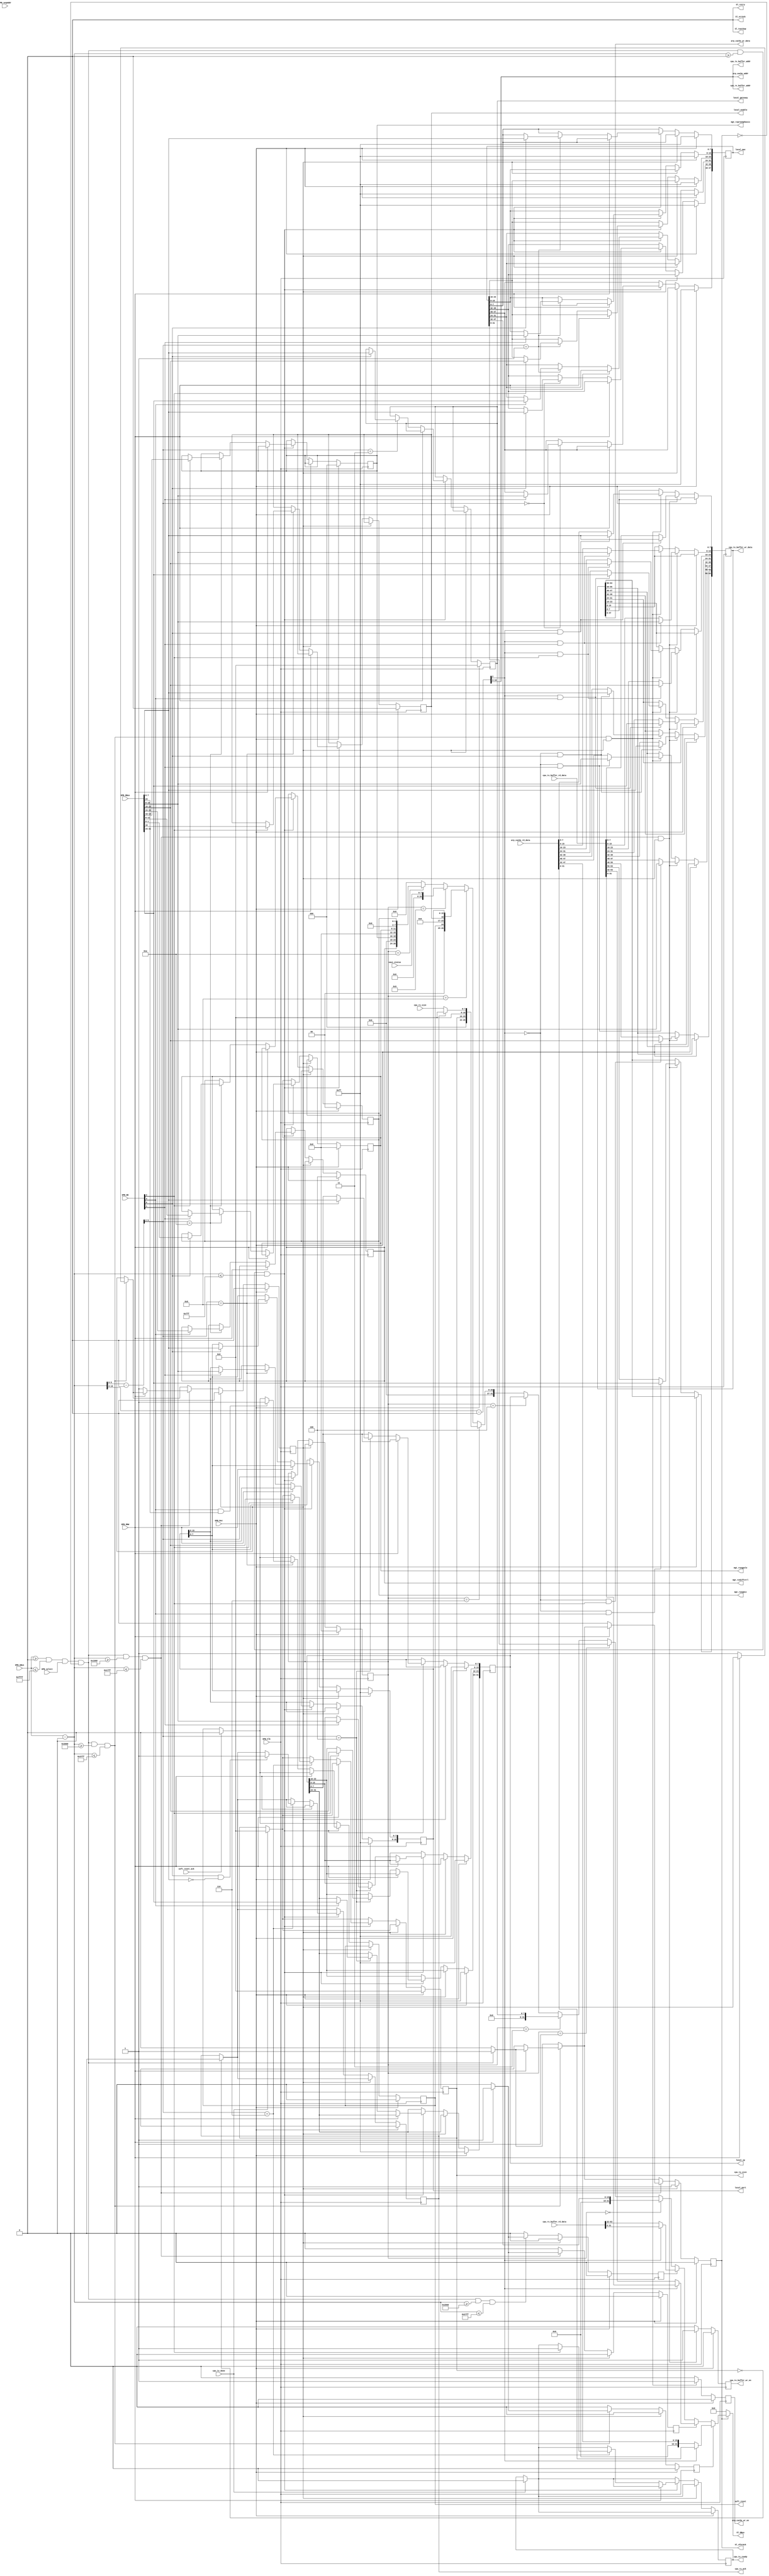
`timescale 1ns/1ps
module opb_attach #(
    parameter C_BASEADDR     = 32'h0,
    parameter C_HIGHADDR     = 32'hffff,
    parameter C_OPB_AWIDTH   = 32,
    parameter C_OPB_DWIDTH   = 32,
    parameter FABRIC_MAC     = 48'hffff_ffff_ffff,
    parameter FABRIC_IP      = 32'hffff_ffff,
    parameter FABRIC_PORT    = 16'hffff,
    parameter FABRIC_GATEWAY = 8'd0,
    parameter FABRIC_ENABLE  = 0,
    parameter SWING          = 1,
    parameter PREEMPHASYS    = 1
  )(
    //OPB attachment
    input         OPB_Clk,
    input         OPB_Rst,
    input         OPB_RNW,
    input         OPB_select,
    input         OPB_seqAddr,
    input   [3:0] OPB_BE,
    input  [31:0] OPB_ABus,
    input  [31:0] OPB_DBus,
    output [31:0] Sl_DBus,
    output        Sl_errAck,
    output        Sl_retry,
    output        Sl_toutSup,
    output        Sl_xferAck,
    //tx_buffer bits
    output  [7:0] cpu_tx_buffer_addr,
    input  [63:0] cpu_tx_buffer_rd_data,
    output [63:0] cpu_tx_buffer_wr_data,
    output        cpu_tx_buffer_wr_en,
    output  [7:0] cpu_tx_size,
    output        cpu_tx_ready,
    input         cpu_tx_done,
    //rx_buffer bits
    output  [7:0] cpu_rx_buffer_addr,
    input  [63:0] cpu_rx_buffer_rd_data,
    input   [7:0] cpu_rx_size,
    output        cpu_rx_ack,
    //ARP Cache
    output  [7:0] arp_cache_addr,
    input  [47:0] arp_cache_rd_data,
    output [47:0] arp_cache_wr_data,
    output        arp_cache_wr_en,
    //local registers
    output        local_enable,
    output [47:0] local_mac,
    output [31:0] local_ip,
    output [15:0] local_port,
    output  [7:0] local_gateway,
    output        soft_reset,
    input         soft_reset_ack,
    //xaui status
    input   [7:0] xaui_status,
    //MGT/GTP PMA Config
    output  [1:0] mgt_rxeqmix,
    output  [3:0] mgt_rxeqpole,
    output  [2:0] mgt_txpreemphasis,
    output  [2:0] mgt_txdiffctrl
  );

  /************* OPB Address Decoding *************/

  wire opb_sel = OPB_ABus >= C_BASEADDR && OPB_ABus <= C_HIGHADDR;

  wire [31:0] local_addr = OPB_ABus - C_BASEADDR;

  localparam REGISTERS_OFFSET = 32'h0000;
  localparam REGISTERS_HIGH   = 32'h07FF;
  localparam TX_BUFFER_OFFSET = 32'h1000;
  localparam TX_BUFFER_HIGH   = 32'h17FF;
  localparam RX_BUFFER_OFFSET = 32'h2000;
  localparam RX_BUFFER_HIGH   = 32'h27FF;
  localparam ARP_CACHE_OFFSET = 32'h3000;
  localparam ARP_CACHE_HIGH   = 32'h37FF;

  reg opb_ack;
  wire opb_trans = opb_sel && OPB_select && !opb_ack;

  wire reg_sel   = opb_trans && (local_addr >= REGISTERS_OFFSET) && (local_addr <= REGISTERS_HIGH);
  wire rxbuf_sel = opb_trans && (local_addr >= RX_BUFFER_OFFSET) && (local_addr <= RX_BUFFER_HIGH);
  wire txbuf_sel = opb_trans && (local_addr >= TX_BUFFER_OFFSET) && (local_addr <= TX_BUFFER_HIGH);
  wire arp_sel   = opb_trans && (local_addr >= ARP_CACHE_OFFSET) && (local_addr <= ARP_CACHE_HIGH);

  wire [31:0] reg_addr   = local_addr - REGISTERS_OFFSET;
  wire [31:0] rxbuf_addr = local_addr - RX_BUFFER_OFFSET;
  wire [31:0] txbuf_addr = local_addr - TX_BUFFER_OFFSET;
  wire [31:0] arp_addr   = local_addr - ARP_CACHE_OFFSET;

  /************** Registers ****************/
  
  localparam REG_LOCAL_MAC_1   = 4'd0;
  localparam REG_LOCAL_MAC_0   = 4'd1;
  localparam REG_LOCAL_GATEWAY = 4'd3;
  localparam REG_LOCAL_IPADDR  = 4'd4;
  localparam REG_BUFFER_SIZES  = 4'd6;
  localparam REG_VALID_PORTS   = 4'd8;
  localparam REG_XAUI_STATUS   = 4'd9;
  localparam REG_PHY_CONFIG    = 4'd10;

  reg [47:0] local_mac_reg;
  reg [31:0] local_ip_reg;
  reg  [7:0] local_gateway_reg;
  reg [15:0] local_port_reg;
  reg        local_enable_reg;
  reg  [1:0] mgt_rxeqmix_reg;
  reg  [3:0] mgt_rxeqpole_reg;
  reg  [2:0] mgt_txpreemphasis_reg;
  reg  [2:0] mgt_txdiffctrl_reg;
  reg        soft_reset_reg;

  assign local_mac         = local_mac_reg;
  assign local_ip          = local_ip_reg;
  assign local_gateway     = local_gateway_reg;
  assign local_port        = local_port_reg;
  assign local_enable      = local_enable_reg;
  assign mgt_rxeqmix       = mgt_rxeqmix_reg;
  assign mgt_rxeqpole      = mgt_rxeqpole_reg;
  assign mgt_txpreemphasis = mgt_txpreemphasis_reg;
  assign mgt_txdiffctrl    = mgt_txdiffctrl_reg;
  assign soft_reset        = soft_reset_reg;

  reg use_arp_data, use_tx_data, use_rx_data;

  reg [3:0] opb_data_src;

  /* RX/TX Buffer Control regs */

  reg [7:0] cpu_tx_size_reg;
  reg       cpu_tx_ready_reg;
  reg       cpu_rx_ack_reg;
  assign cpu_tx_size  = cpu_tx_size_reg;
  assign cpu_tx_ready = cpu_tx_ready_reg;
  assign cpu_rx_ack   = cpu_rx_ack_reg;

  reg opb_wait;
  always @(posedge OPB_Clk) begin
    //strobes
    opb_ack          <= 1'b0;
    use_arp_data     <= 1'b0;
    use_tx_data      <= 1'b0;
    use_rx_data      <= 1'b0;

    /* When the 10ge wrapper has sent the packet we tell the user by clearing 
       the size register */
    if (cpu_tx_done) begin
      cpu_tx_size_reg  <= 8'd0;
      cpu_tx_ready_reg <= 1'b0;
    end

    /* The size will be set to zero when the double buffer is swapped */
    if (cpu_tx_size == 8'd0) begin
      cpu_rx_ack_reg  <= 1'b0;
    end

    if (OPB_Rst) begin
      opb_data_src      <= 4'b0;

      local_mac_reg     <= FABRIC_MAC;
      local_ip_reg      <= FABRIC_IP;
      local_gateway_reg <= FABRIC_GATEWAY;
      local_port_reg    <= FABRIC_PORT;
      local_enable_reg  <= FABRIC_ENABLE;

      cpu_tx_size_reg   <= 8'd0;

      cpu_rx_ack_reg  <= 1'b0;

      /* TODO: add decode PREEMPHASYS/SWING feature */
      mgt_rxeqmix_reg       <= 2'b00;
      mgt_rxeqpole_reg      <= 4'b0000;
      mgt_txpreemphasis_reg <= 3'b000;
      mgt_txdiffctrl_reg    <= 3'b100;

      opb_wait <= 1'b0;

      soft_reset_reg <= 1'b0;

    end else if (opb_wait) begin
      opb_wait <= 1'b0;
      opb_ack  <= 1'b1;
    end else begin

      if (soft_reset_ack) begin
        soft_reset_reg <= 1'b0;
      end

      if (opb_trans)
        opb_ack <= 1'b1;

      // ARP Cache
      if (arp_sel) begin 
        if (!OPB_RNW) begin
          opb_ack  <= 1'b0;
          opb_wait <= 1'b1;
        end else begin
          use_arp_data <= 1'b1;
        end
      end

      // RX Buffer 
      if (rxbuf_sel) begin
        if (!OPB_RNW) begin
        end else begin
          use_rx_data <= 1'b1;
        end
      end

      // TX Buffer 
      if (txbuf_sel) begin
        if (!OPB_RNW) begin
          opb_ack  <= 1'b0;
          opb_wait <= 1'b1;
        end else begin
          use_tx_data <= 1'b1;
        end
      end

      // registers
      if (reg_sel) begin
        opb_data_src <= reg_addr[5:2];
        if (!OPB_RNW) begin
          case (reg_addr[5:2])
            REG_LOCAL_MAC_1: begin
              if (OPB_BE[0])
                local_mac_reg[39:32] <= OPB_DBus[7:0];
              if (OPB_BE[1])
                local_mac_reg[47:40] <= OPB_DBus[15:8];
            end
            REG_LOCAL_MAC_0: begin
              if (OPB_BE[0])
                local_mac_reg[7:0]   <= OPB_DBus[7:0];
              if (OPB_BE[1])
                local_mac_reg[15:8]  <= OPB_DBus[15:8];
              if (OPB_BE[2])
                local_mac_reg[23:16] <= OPB_DBus[23:16];
              if (OPB_BE[3])
                local_mac_reg[31:24] <= OPB_DBus[31:24];
            end
            REG_LOCAL_GATEWAY: begin
              if (OPB_BE[0])
                local_gateway_reg[7:0] <= OPB_DBus[7:0];
            end
            REG_LOCAL_IPADDR: begin
              if (OPB_BE[0])
                local_ip_reg[7:0]   <= OPB_DBus[7:0];
              if (OPB_BE[1])
                local_ip_reg[15:8]  <= OPB_DBus[15:8];
              if (OPB_BE[2])
                local_ip_reg[23:16] <= OPB_DBus[23:16];
              if (OPB_BE[3])
                local_ip_reg[31:24] <= OPB_DBus[31:24];
            end
            REG_BUFFER_SIZES: begin
              if (OPB_BE[0] && OPB_DBus[7:0] == 8'b0) begin
                cpu_rx_ack_reg <= 1'b1;
              end
              if (OPB_BE[2]) begin
                cpu_tx_size_reg  <= OPB_DBus[23:16];
                cpu_tx_ready_reg <= 1'b1;
              end
            end
            REG_VALID_PORTS: begin
              if (OPB_BE[0])
                local_port_reg[7:0]  <= OPB_DBus[7:0];
              if (OPB_BE[1])
                local_port_reg[15:8] <= OPB_DBus[15:8];
              if (OPB_BE[2])
                local_enable_reg     <= OPB_DBus[16];
              if (OPB_BE[3] && OPB_DBus[24])
                soft_reset_reg       <= 1'b1;
            end
            REG_XAUI_STATUS: begin
            end
            REG_PHY_CONFIG: begin
              if (OPB_BE[0])
                mgt_rxeqmix_reg       <= OPB_DBus[1:0];
              if (OPB_BE[1])
                mgt_rxeqpole_reg      <= OPB_DBus[11:8];
              if (OPB_BE[2])
                mgt_txpreemphasis_reg <= OPB_DBus[18:16];
              if (OPB_BE[3])
                mgt_txdiffctrl_reg    <= OPB_DBus[26:24];
            end
            default: begin
            end
          endcase
        end
      end
    end
  end

  /********* Handle memory interfaces ***********/

  reg arp_cache_we, tx_buffer_we;

  reg [63:0] write_data; //write data for all three buffers

  always @(posedge OPB_Clk) begin
    //strobes
    arp_cache_we <= 1'b0;
    tx_buffer_we <= 1'b0;

    if (OPB_Rst) begin
    end else begin
      //populate write_data according to wishbone transaction info & contents
      //of memory
      if (arp_sel && opb_wait) begin
        arp_cache_we <= 1'b1;

        write_data[ 7: 0] <= arp_addr[2] == 1'b1 & OPB_BE[0] ? OPB_DBus[ 7: 0] : arp_cache_rd_data[ 7: 0]; 
        write_data[15: 8] <= arp_addr[2] == 1'b1 & OPB_BE[1] ? OPB_DBus[15: 8] : arp_cache_rd_data[15: 8]; 
        write_data[23:16] <= arp_addr[2] == 1'b1 & OPB_BE[2] ? OPB_DBus[23:16] : arp_cache_rd_data[23:16]; 
        write_data[31:24] <= arp_addr[2] == 1'b1 & OPB_BE[3] ? OPB_DBus[31:24] : arp_cache_rd_data[31:24]; 
        write_data[39:32] <= arp_addr[2] == 1'b0 & OPB_BE[0] ? OPB_DBus[ 7: 0] : arp_cache_rd_data[39:32]; 
        write_data[47:40] <= arp_addr[2] == 1'b0 & OPB_BE[1] ? OPB_DBus[15: 8] : arp_cache_rd_data[47:40]; 
      end
      if (txbuf_sel && opb_wait) begin
        tx_buffer_we <= 1'b1;

        write_data[7:0]   <= txbuf_addr[2] == 1'b1 & OPB_BE[0] ? OPB_DBus[ 7: 0] : cpu_tx_buffer_rd_data[ 7: 0];
        write_data[15:8]  <= txbuf_addr[2] == 1'b1 & OPB_BE[1] ? OPB_DBus[15: 8] : cpu_tx_buffer_rd_data[15: 8];
        write_data[23:16] <= txbuf_addr[2] == 1'b1 & OPB_BE[2] ? OPB_DBus[23:16] : cpu_tx_buffer_rd_data[23:16]; 
        write_data[31:24] <= txbuf_addr[2] == 1'b1 & OPB_BE[3] ? OPB_DBus[31:24] : cpu_tx_buffer_rd_data[31:24]; 
        write_data[39:32] <= txbuf_addr[2] == 1'b0 & OPB_BE[0] ? OPB_DBus[ 7: 0] : cpu_tx_buffer_rd_data[39:32]; 
        write_data[47:40] <= txbuf_addr[2] == 1'b0 & OPB_BE[1] ? OPB_DBus[15: 8] : cpu_tx_buffer_rd_data[47:40]; 
        write_data[55:48] <= txbuf_addr[2] == 1'b0 & OPB_BE[2] ? OPB_DBus[23:16] : cpu_tx_buffer_rd_data[55:48]; 
        write_data[63:56] <= txbuf_addr[2] == 1'b0 & OPB_BE[3] ? OPB_DBus[31:24] : cpu_tx_buffer_rd_data[63:56]; 
      end
    end
  end

  // memory assignments
  assign arp_cache_addr        =   arp_addr[10:3];
  assign arp_cache_wr_data     = write_data[47:0];
  assign arp_cache_wr_en       = arp_cache_we;

  assign cpu_tx_buffer_addr    = txbuf_addr[10:3];
  assign cpu_tx_buffer_wr_data = write_data;
  assign cpu_tx_buffer_wr_en   = tx_buffer_we;

  assign cpu_rx_buffer_addr    = rxbuf_addr[10:3];

  // select what data to put on the bus
  wire [31:0] arp_data_int =   arp_addr[2] == 1'b1 ? arp_cache_rd_data[31:0] : {16'b0, arp_cache_rd_data[47:32]};
  wire [31:0] tx_data_int  = txbuf_addr[2] == 1'b1 ? cpu_tx_buffer_rd_data[31:0] : cpu_tx_buffer_rd_data[63:32];
  wire [31:0] rx_data_int  = rxbuf_addr[2] == 1'b1 ? cpu_rx_buffer_rd_data[31:0] : cpu_rx_buffer_rd_data[63:32];

  wire [31:0] opb_data_int = opb_data_src == REG_LOCAL_MAC_1   ? {16'b0, local_mac[47:32]} :
                             opb_data_src == REG_LOCAL_MAC_0   ? local_mac[31:0] :
                             opb_data_src == REG_LOCAL_GATEWAY ? {24'b0, local_gateway} :
                             opb_data_src == REG_LOCAL_IPADDR  ? local_ip[31:0] :
                             opb_data_src == REG_BUFFER_SIZES  ? {8'b0, cpu_tx_size, 8'b0, cpu_rx_ack ? 8'b0 : cpu_rx_size} :
                             opb_data_src == REG_VALID_PORTS   ? {7'b0, soft_reset, 7'b0, local_enable, local_port} :
                             opb_data_src == REG_XAUI_STATUS   ? {24'b0, xaui_status} :
                             opb_data_src == REG_PHY_CONFIG    ? {5'b0, mgt_txdiffctrl, 5'b0, mgt_txpreemphasis,
                                                                  4'b0, mgt_rxeqpole,   6'b0, mgt_rxeqmix} :
                                                                 16'b0;
  wire [31:0] Sl_DBus_int;
  assign Sl_DBus_int = use_arp_data ? arp_data_int :
                       use_tx_data  ? tx_data_int  :
                       use_rx_data  ? rx_data_int  :
                                      opb_data_int;

  assign Sl_DBus = Sl_xferAck ? Sl_DBus_int : 32'b0;

  assign Sl_errAck  = 1'b0;
  assign Sl_toutSup = 1'b0;
  assign Sl_retry   = 1'b0;
  assign Sl_xferAck = opb_ack;

endmodule